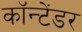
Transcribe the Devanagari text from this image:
कॉन्टेंडर